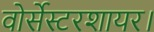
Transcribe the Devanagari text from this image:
वोर्सेस्टरशायर।